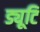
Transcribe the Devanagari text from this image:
ड्यूटि